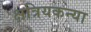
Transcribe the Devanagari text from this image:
क्षत्रियकन्या